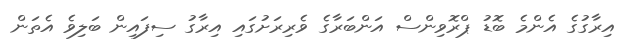
އިރާގުގެ އެންމެ ބޮޑު ޕްރޮވިންސް އަންބަރާގެ ވެރިރަށުގައި އިރާގު ސިފައިން ބަލިވެ އެތަން